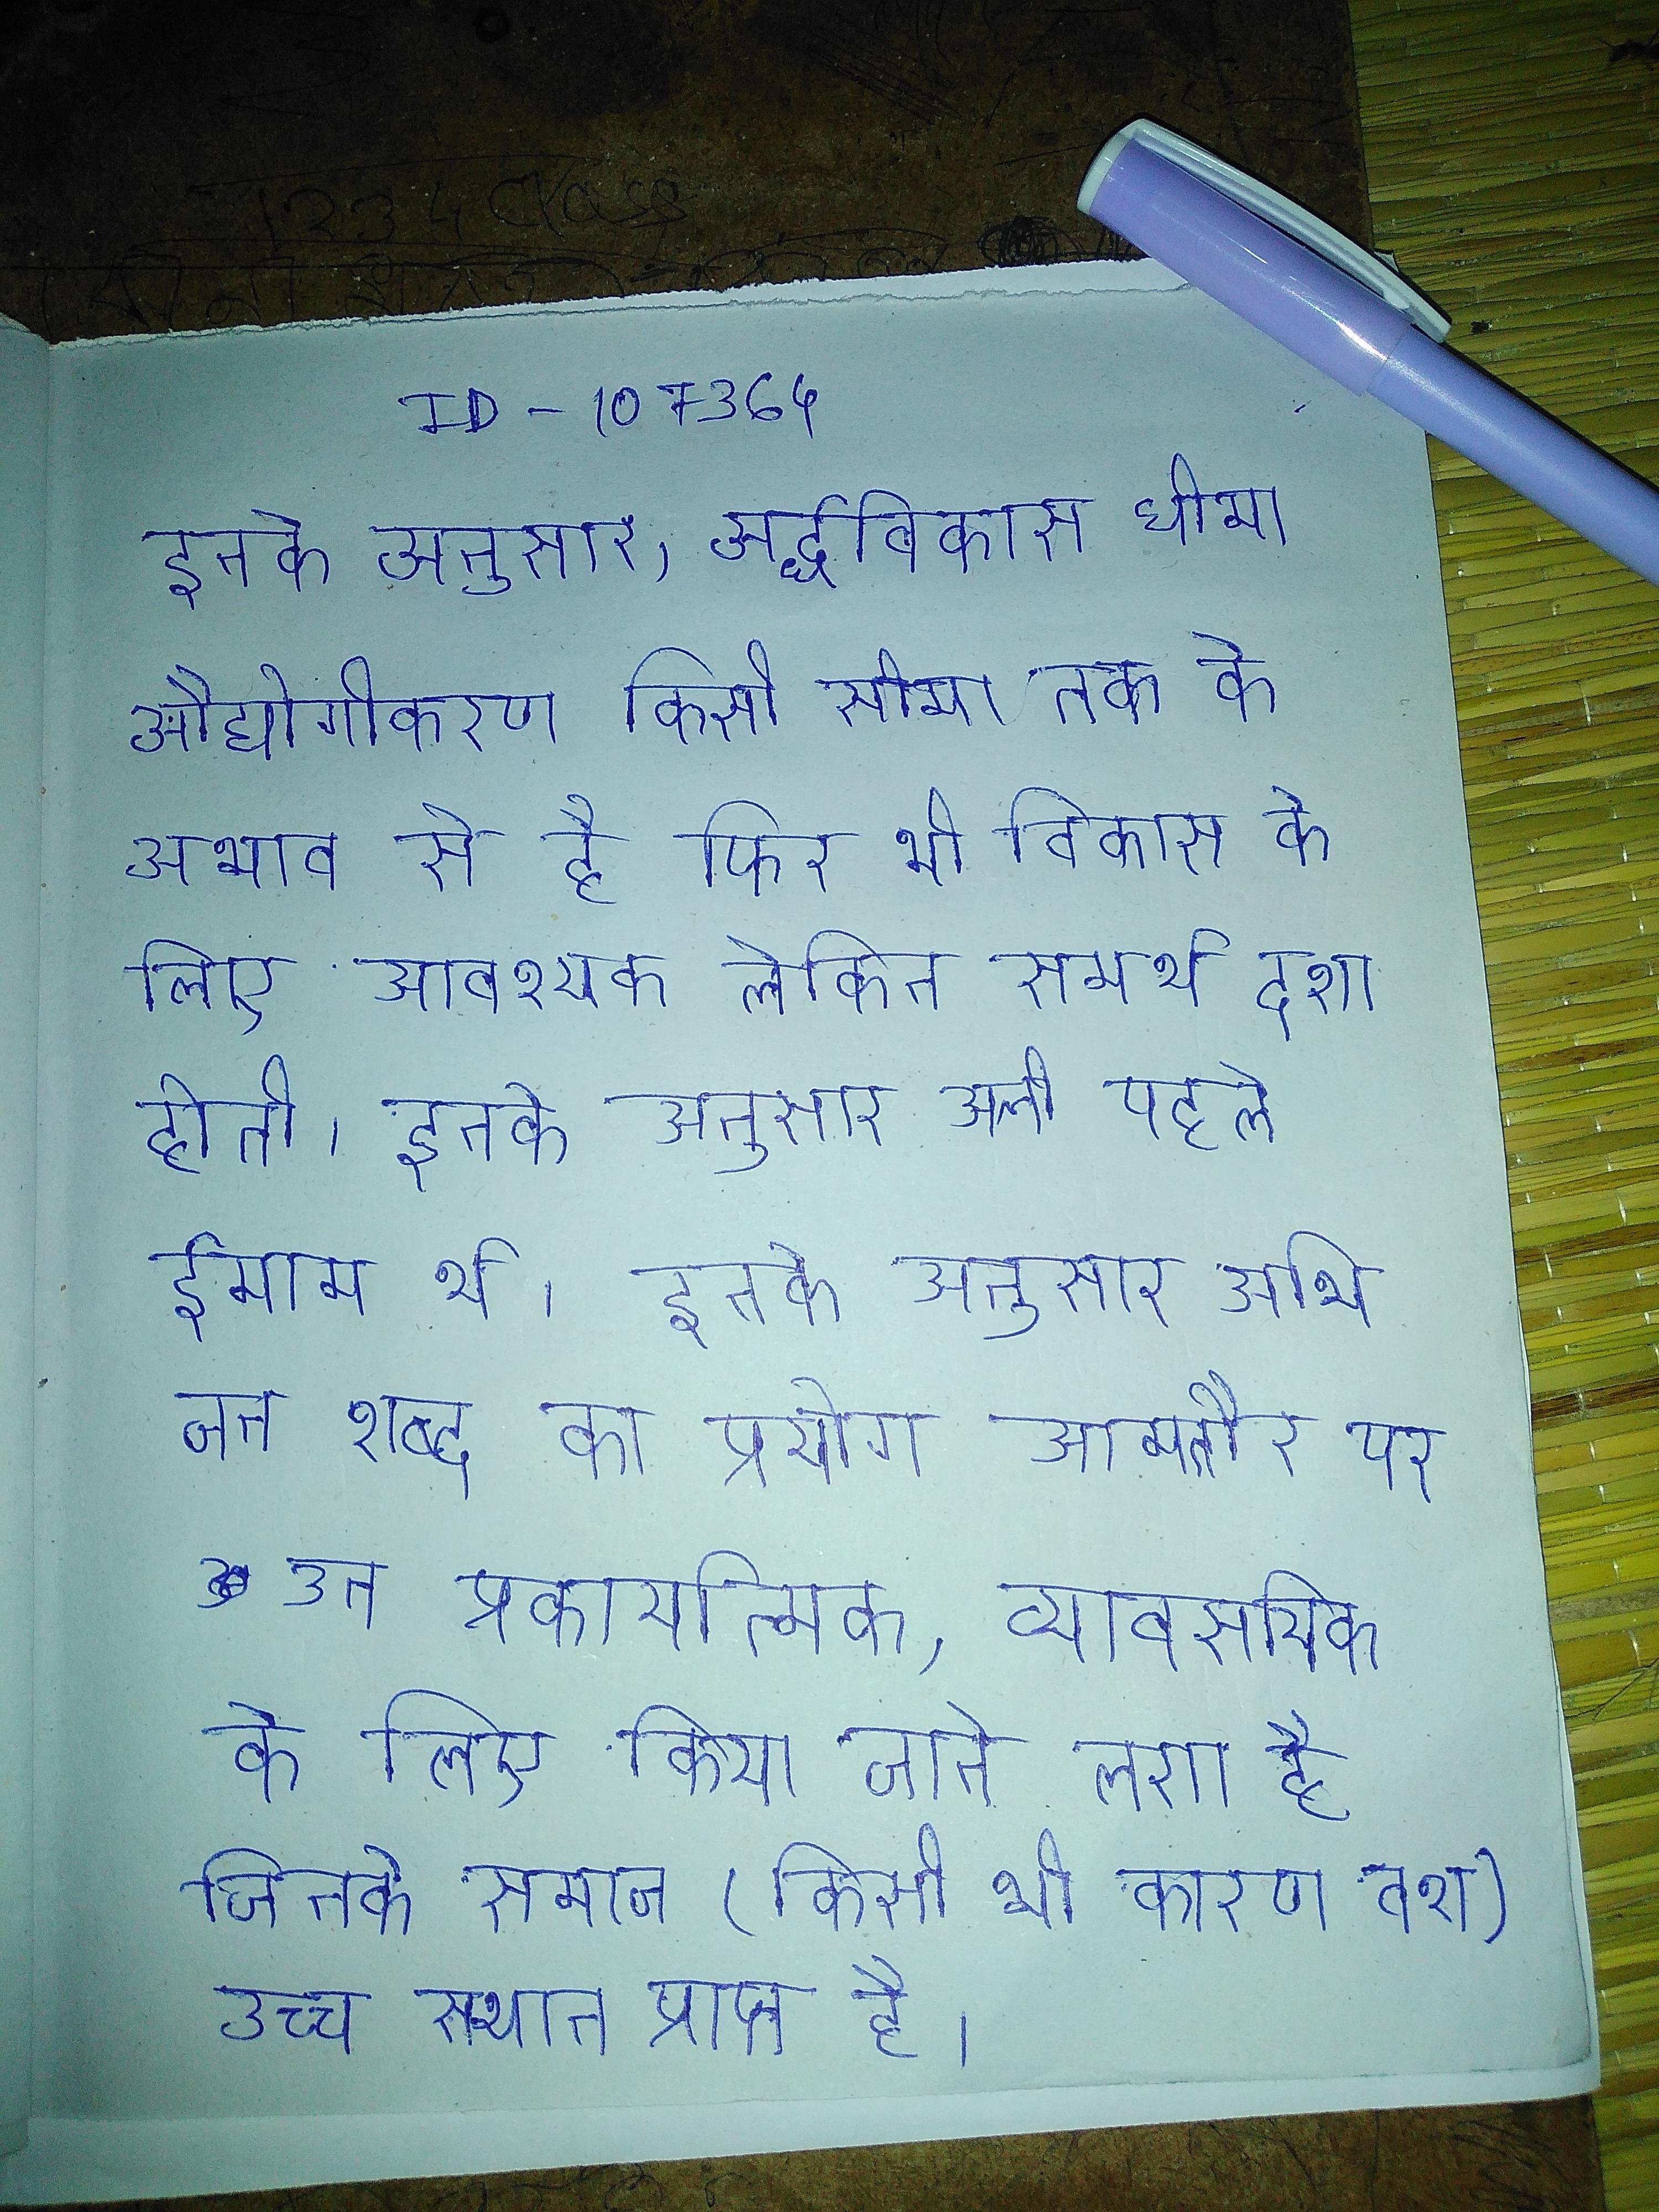
इनके अनुसार, अर्द्धविकास धीमा औद्योगीकरण किसी सीमा तक के अभाव से है फिर भी विकास के लिए आवश्यक लेकिन समर्थ दशा होती । इनके अनुसार अली पहले ईमाम थे । इनके अनुसार अभिजन शब्द का प्रयोग आमतौर पर उन प्रकार्यात्मक, व्यावसायिक के लिए किया जाने लगा है जिनको समाज (किसी भी कारण वश) उच्च स्थान प्राप्त है ।